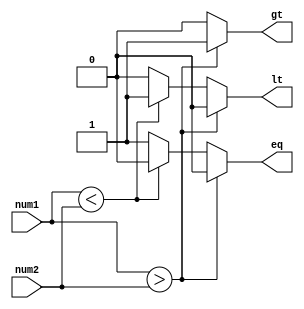
module inequality_comparator (
    input [7:0] num1,
    input [7:0] num2,
    output reg gt,
    output reg lt,
    output reg eq
);

always @(*) begin
    if (num1 > num2) begin
        gt = 1;
        lt = 0;
        eq = 0;
    end else if (num1 < num2) begin
        gt = 0;
        lt = 1;
        eq = 0;
    end else begin
        gt = 0;
        lt = 0;
        eq = 1;
    end
end

endmodule